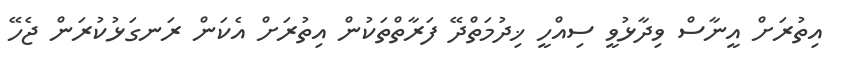
އިތުރަށް އީނާސް ވިދާޅުވީ ސިއްހީ ޚިދުމަތްދޭ ފަރާތްތަކުން އިތުރަށް އެކަން ރަނގަޅުކުރަން ޖެހޭ